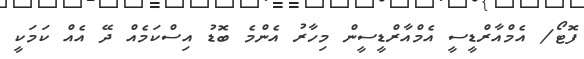
ފޮޓޯ/ އެމްއާރްޑީސީ އެމްއާރްޑީސީން މިހާރު އެންމެ ބޮޑު އިސްކަމެއް ދޭ އެއް ކަމަކީ